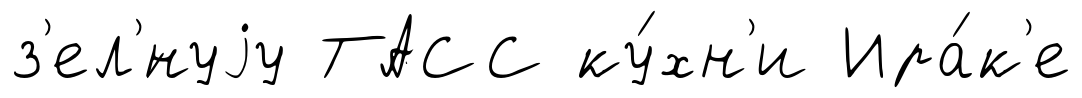
з'ел'́нуjу ТАСС ку́хн'и Ира́к'е